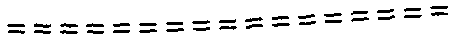
=================